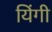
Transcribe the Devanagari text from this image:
यिंगी